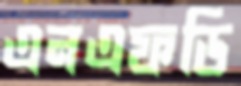
এনএফডি